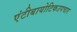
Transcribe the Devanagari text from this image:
एंटीबायोटिकउपचार